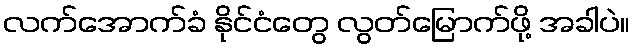
လက်အောက်ခံ နိုင်ငံတွေ လွတ်မြောက်ဖို့ အခါပဲ။